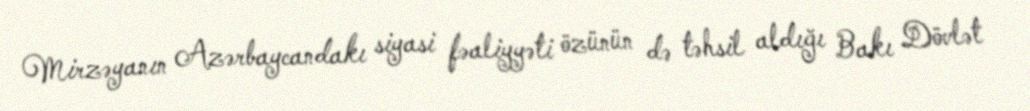
Mirzəyanın Azərbaycandakı siyasi fəaliyyəti özünün də təhsil aldığı Bakı Dövlət